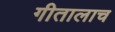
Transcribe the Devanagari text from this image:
गीतालाच